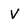
Character: V